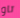
تاو